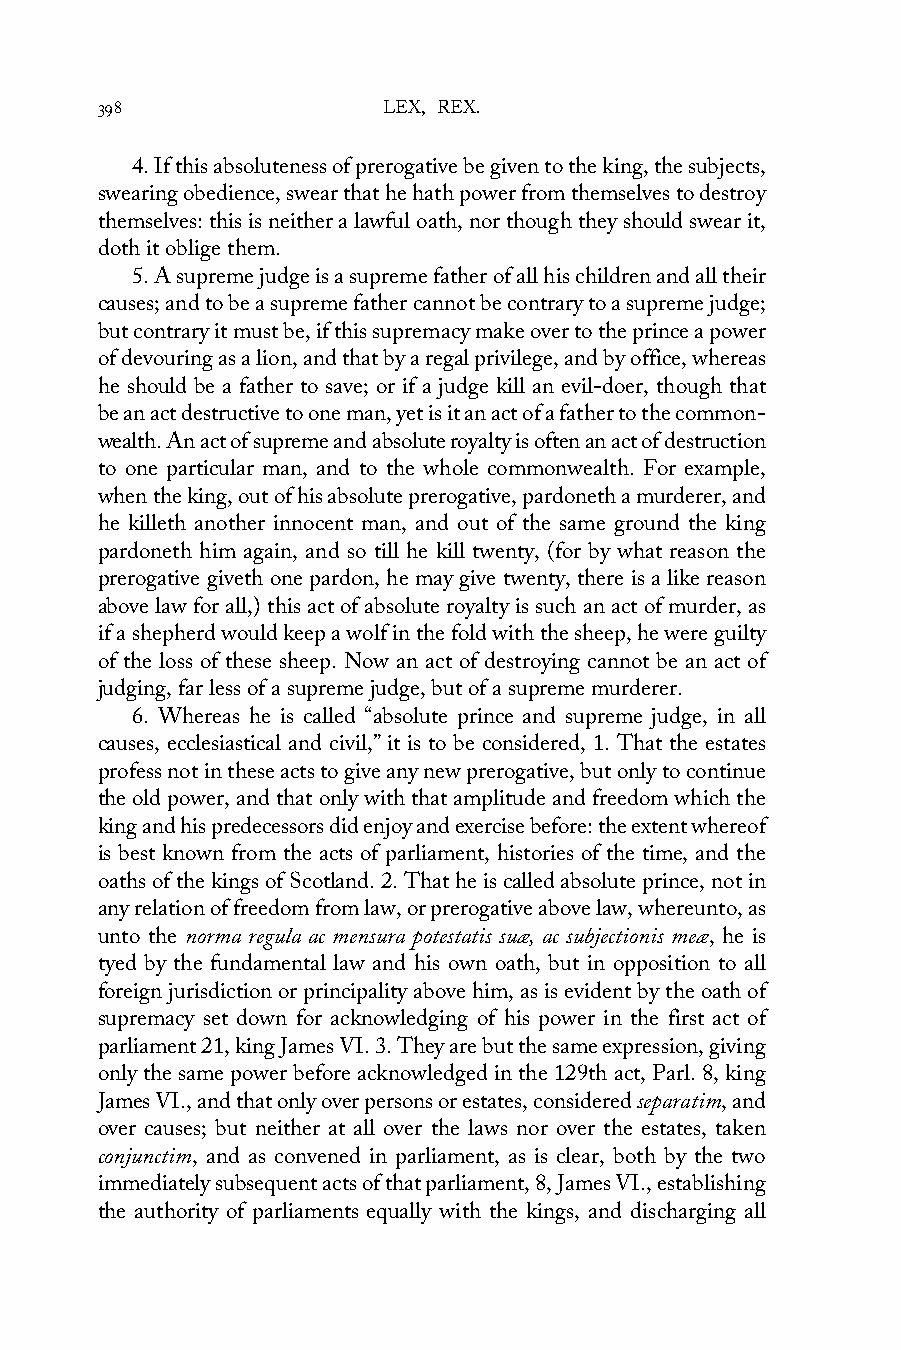
398                LEX, REX.
 4. If this absoluteness of prerogative be given to the king, the subjects,
 swearing obedience, swear that he hath power from themselves to destroy
 themselves: this is neither a lawful oath, nor though they should swear it,
 doth it oblige them.
 5. A supreme judge is a supreme father of all his children and all their
 causes; and to be a supreme father cannot be contrary to a supreme judge;
 but contrary it must be, if this supremacy make over to the prince a power
 of devouring as a lion, and that by a regal privilege, and by office, whereas
 he should be a father to save; or if a judge kill an evil-doer, though that
 be an act destructive to one man, yet is it an act of a father to the common-
 wealth. An act of supreme and absolute royalty is often an act of destruction
 to one particular man, and to the whole commonwealth. For example,
 when the king, out of his absolute prerogative, pardoneth a murderer, and
 he killeth another innocent man, and out of the same ground the king
 pardoneth him again, and so till he kill twenty, (for by what reason the
 prerogative giveth one pardon, he may give twenty, there is a like reason
 above law for all,) this act of absolute royalty is such an act of murder, as
 if a shepherd would keep a wolf in the fold with the sheep, he were guilty
 of the loss of these sheep. Now an act of destroying cannot be an act of
 judging, far less of a supreme judge, but of a supreme murderer.
 6. Whereas he is called “absolute prince and supreme judge, in all
 causes, ecclesiastical and civil,” it is to be considered, 1. That the estates
 profess not in these acts to give any new prerogative, but only to continue
 the old power, and that only with that amplitude and freedom which the
 king and his predecessors did enjoy and exercise before: the extent whereof
 is best known from the acts of parliament, histories of the time, and the
 oaths of the kings of Scotland. 2. That he is called absolute prince, not in
 any relation of freedom from law, or prerogative above law, whereunto, as
 unto the norma regula ac mensura potestatis suæ, ac subjectionis meæ, he is
 tyed by the fundamental law and his own oath, but in opposition to all
 foreign jurisdiction or principality above him, as is evident by the oath of
 supremacy set down for acknowledging of his power in the first act of
 parliament 21, king James VI. 3. They are but the same expression, giving
 only the same power before acknowledged in the 129th act, Parl. 8, king
 James VI., and that only over persons or estates, considered separatim, and
 over causes; but neither at all over the laws nor over the estates, taken
 conjunctim, and as convened in parliament, as is clear, both by the two
 immediately subsequent acts of that parliament, 8, James VI., establishing
 the authority of parliaments equally with the kings, and discharging all